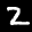
Label: 2